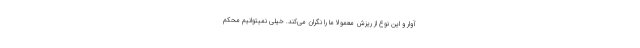
آوار و این نوع از ریزش معمولا ما را نگران می‌کند. خیلی نمیتوانیم محکم